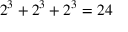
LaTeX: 2 ^ { 3 } + 2 ^ { 3 } + 2 ^ { 3 } = 2 4